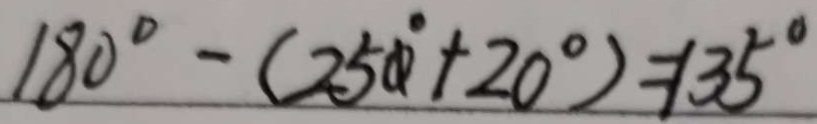
1 8 0 ^ { \circ } - ( 2 5 0 ^ { \circ } + 2 0 ^ { \circ } ) = 1 3 5 ^ { \circ }